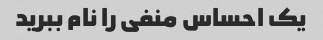
یک احساس منفی را نام ببرید